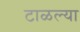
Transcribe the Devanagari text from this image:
टाळल्या